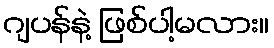
ဂျပန်နဲ့ ဖြစ်ပါ့မလား။